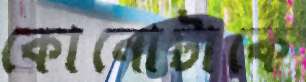
কোনোটাকে